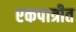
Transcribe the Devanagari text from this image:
एकपात्रीत